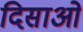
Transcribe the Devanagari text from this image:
दिसाओ